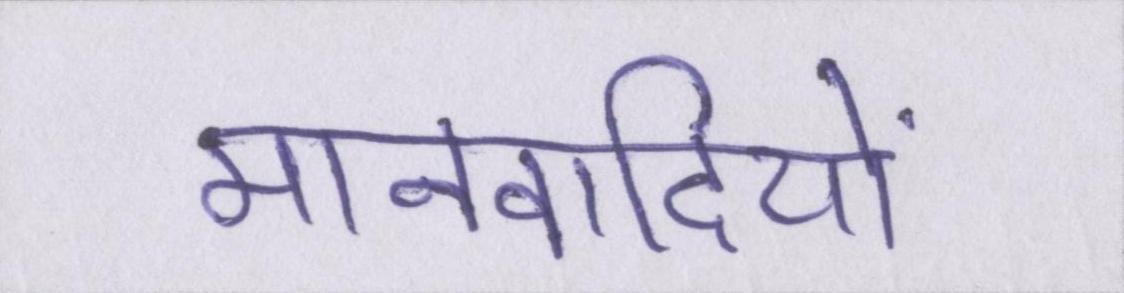
मानवादियों